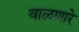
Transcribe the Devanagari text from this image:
वाळणारे